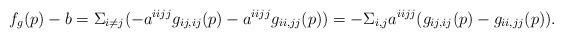
LaTeX: \begin{align*}f_g(p)-b=\Sigma_{i\neq j}(-a^{iijj}g_{ij,ij}(p)-a^{iijj}g_{ii,jj}(p))=-\Sigma_{i, j}a^{iijj}(g_{ij,ij}(p)-g_{ii,jj}(p)).\end{align*}